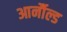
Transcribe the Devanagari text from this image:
आर्नौल्ड